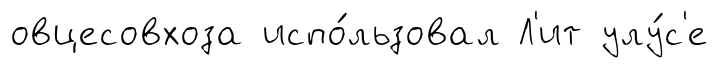
овцесовхоза испо́льзовал Л'ит улу́с'е